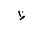
Letter: _za